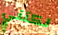
لكنني